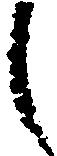
し